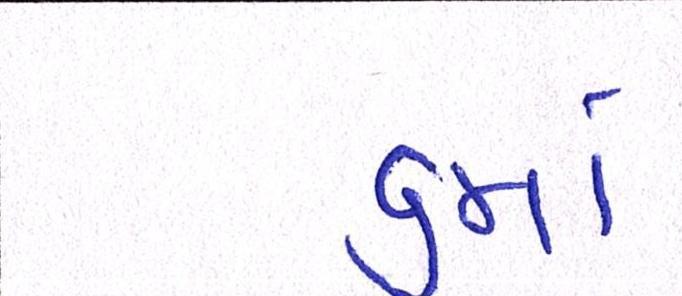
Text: ૬માં